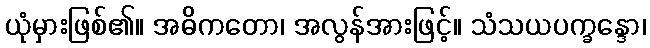
ယုံမှားဖြစ်၏။ အဓိကတော၊ အလွန်အားဖြင့်။ သံသယပက္ခန္ဒော၊